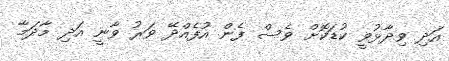
އަދި ވިދާޅުވީ ކުޑަކޮށް ވެސް ފެން އުފެއްދޭ ވަރު ވާނީ އަދި މާދަމާ